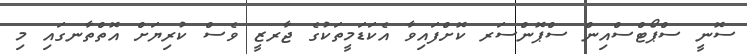
ސޮނީ ސްޕޯޓްސްއިން ސްޕޮންސަރ ކޮށްފައިވާ އެކަޑަމީތަކުގެ ޖާރޒީ ވެސް ކުރިޔަށް އޮތްތާނގައި މި